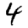
Digit: 4